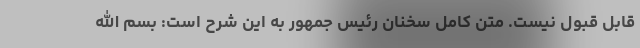
قابل قبول نیست. متن کامل سخنان رئیس جمهور به این شرح است: بسم الله